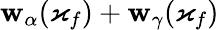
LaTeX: \mathbf{w}_{\alpha}(\varkappa_{f})+\mathbf{w}_{\gamma}(\varkappa_{f})